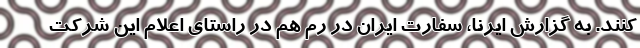
کنند. به گزارش ایرنا، سفارت ایران در رم هم در راستای اعلام این شرکت